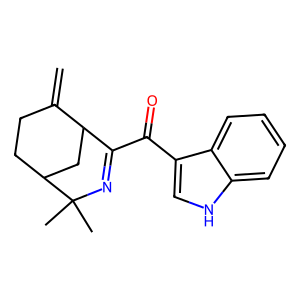
SMILES: C=C1CCC2CC1C(C(=O)c1c[nH]c3ccccc13)=NC2(C)C
Inhibits HIV replication: No